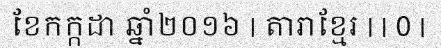
ខែកក្កដា ឆ្នាំ២០១៦ | តារាខ្មែរ | | 0 |